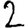
Digit: 2